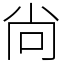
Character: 尙